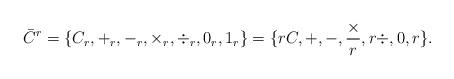
LaTeX: \begin{align*}\bar{C}^{r}=\{C_{r},+_{r},-_{r},\times_{r},\div_{r},0_{r},1_{r}\}=\{rC,+,-,\frac{\times}{r},r\div, 0,r\}.\end{align*}